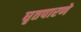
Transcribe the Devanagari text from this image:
घृतपारणे